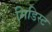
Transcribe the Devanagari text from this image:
मिडिस्ट